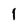
Character: I